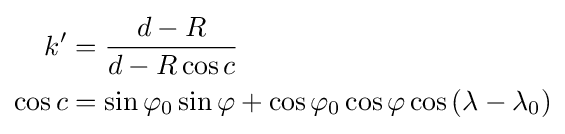
{\begin{aligned}k'&={\frac {d-R}{d-R\cos c}}\\\cos c&=\sin \varphi _{0}\sin \varphi +\cos \varphi _{0}\cos \varphi \cos \left(\lambda -\lambda _{0}\right)\end{aligned}}